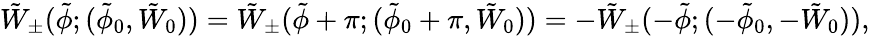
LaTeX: \tilde{W}_{\pm}(\tilde{\phi};(\tilde{\phi}_{0},\tilde{W}_{0}))=\tilde{W}_{\pm}(\tilde{\phi}+\pi;(\tilde{\phi}_{0}+\pi,\tilde{W}_{0}))=-\tilde{W}_{\pm}(-\tilde{\phi};(-\tilde{\phi}_{0},-\tilde{W}_{0})),